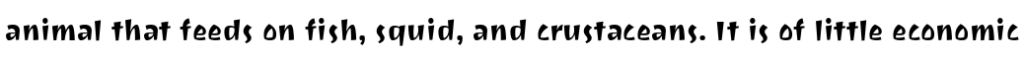
animal that feeds on fish, squid, and crustaceans. It is of little economic